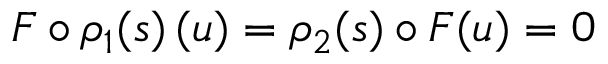
F \circ \rho _ { 1 } ( s ) \, ( u ) = \rho _ { 2 } ( s ) \circ F ( u ) = 0